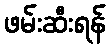
ဖမ်းဆီးရန်